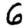
Digit: 6